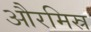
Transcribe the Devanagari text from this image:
औरमिस्र